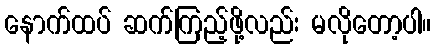
နောက်ထပ် ဆက်ကြည့်ဖို့လည်း မလိုတော့ပါ။